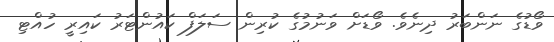
ވޯޑުގެ ނަންބަރު ދިނެވެ. ވޯޑަށް ވަނުމުގެ ކުރިން ސަލަފް ކައުންޓަރު ކައިރީ ހުއްޓި